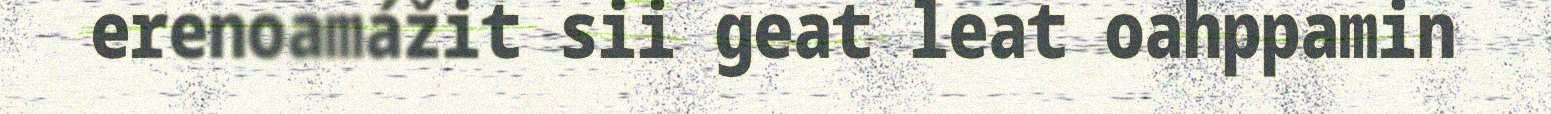
erenoamážit sii geat leat oahppamin